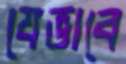
যেভাবে